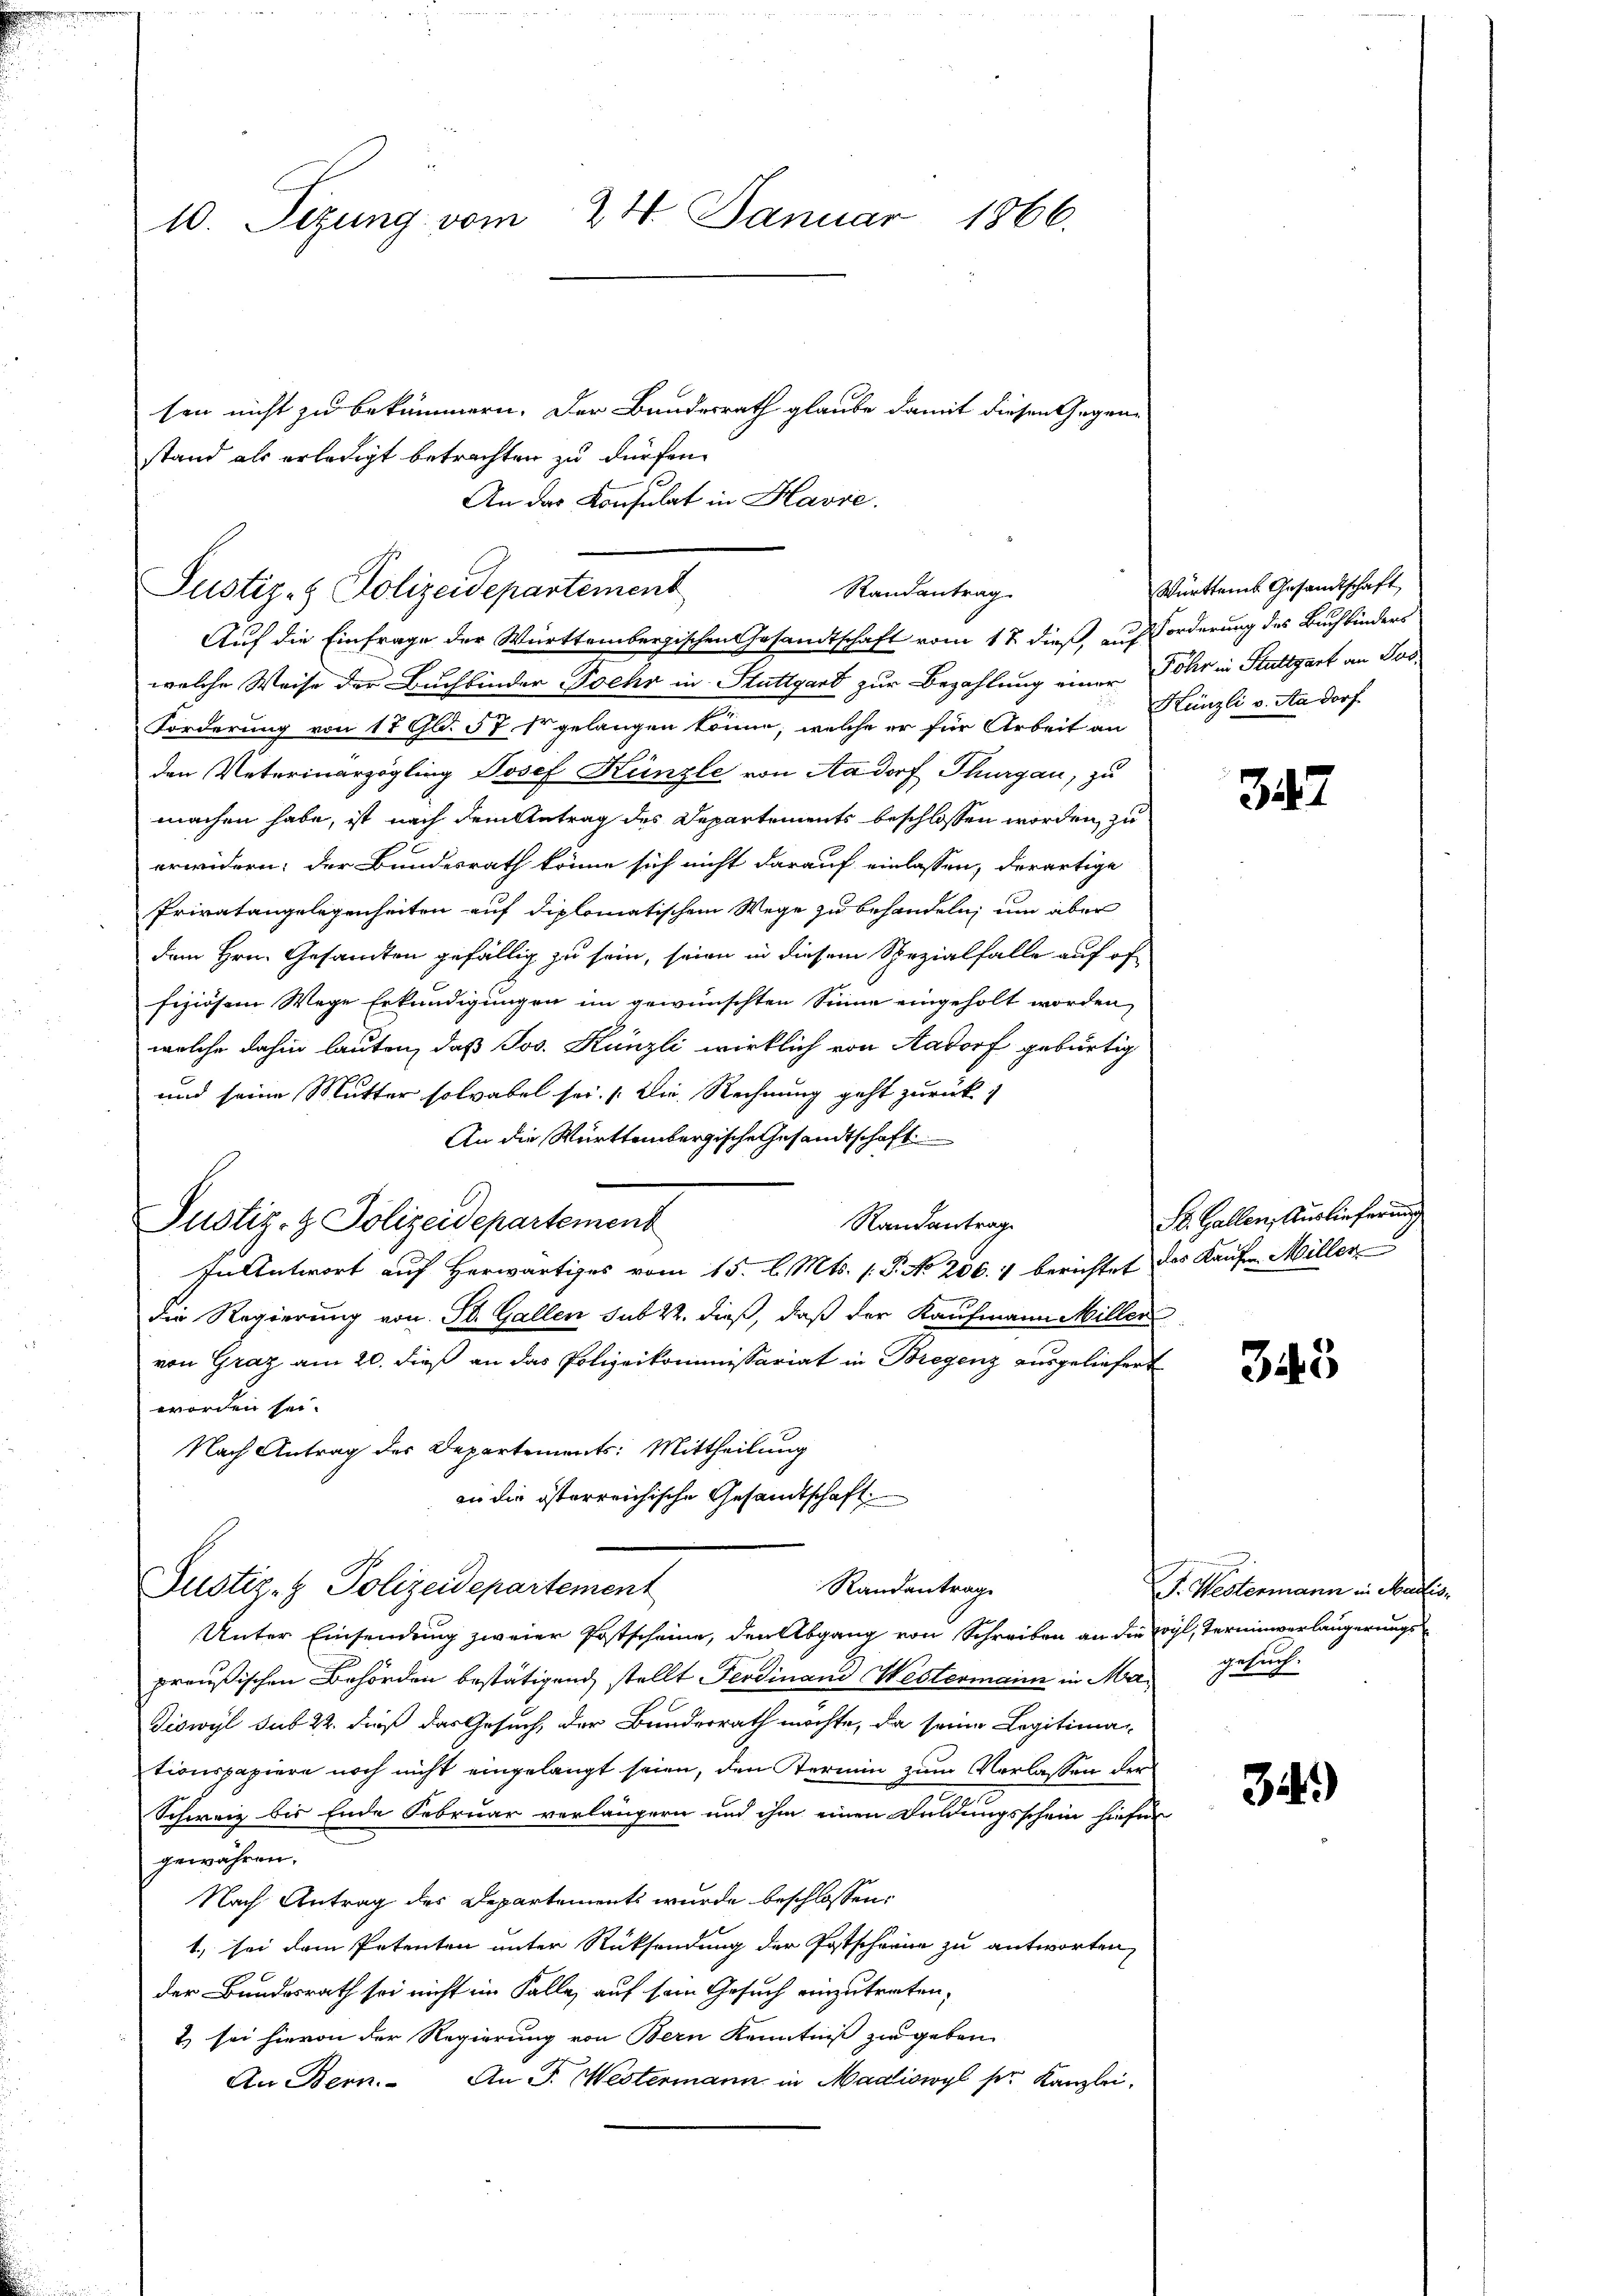
10. Seizung vom 24. Januar 1866.

sen nicht zu bekümmern. Der Bundesrath glaube damit diesen Gegenstand als erledigt betrachten zu dürfen.
An das Konsulat in Havre.

Justiz- & Polizeidepartement
Randantrag
Auf die Einfrage der Württembergischen Gesandtschaft vom 1 t dieß, aufforderung des Buchbinders

welche Weise der Buchbinder Foehr in Stuttgart zur Bezahlung einer Föhr in Stuttgart an Tod
Forderung von 17 Gld. 57, sr gelangen könne, welche er für Arbeit an Canzli v. Aadorf.
den Veterinarzögling Josef Künzle von Aadorf Thurgau, zu
machen habe, ist nach dem Antrag des Departements beschlossen worden, zu
erwidern; der Bundesrath könne sich nicht darauf einlassen, derartige
Privatangelegenheiten auf diplomatischem Wege zu behandeln, um aber
dem Hrn. Gesandten gefällig zu sein, seien in diesem Spezialfalle auf of-
fiziösem Wege Erkundigungen im gewünschten Sinne eingeholt worden,
welche dahin lauten, daß Jos. Kanzli wirklich von Aadorf gebürtig
und seine Mutter solvabel sei. Die Rechnung geht zurück
An die Württembergische Gesandtschaft
Randantrag
Justiz- & Polizeidepartement
Fu Antwort auf Herwärtiges vom 15. l. Mts. (T. No 206. 4 berichtet des Kaufen Miller
Die Regierung von St. Gallen sub 22. dieß, daß der Kaufmann Miller
von Graz am 20. dieß an das Polizeikommissariat in Bregenz ausgeliefert
worden sei.
Nach Antrag des Departements: Mittheilung
an die österreichische Gesandtschaft
Randantrag
Justiz- & Polizeidepartement
Unter Einsendung zweier Postscheine, den Abgang von Schreiben an die sogl, Terminverlängerungs
preußischen Behörden bestätigend stellt Ferdinand Westermann in Man gebuch-
Tiswyl sub 22. dieß das Gesuch, der Bunderrath möchte, da seine Legitima-
tionspapiere noch nicht eingelangt seien, den Termin zum Verlassen der
Schweiz bis Ende Februar verlängern und ihm einen Duldungsschein hiefür
gewähren.
Nach Antrag des Departements wurde beschlossen:
1., sei dem Petenten unter Rücksendung der Postschern zu antworten,
der Bundesrath sei nicht im Falle, auf sein Gesuch einzutreten,
2) sei hievon der Regierung von Bern Kenntniß zu geben
An Bern. An J. Westermann in Madliswyl ser Kanzlei.

Württem Gesandtschaft

347

S. Gallen, Auslieferung

345

L. Westenmann in Martis

34)